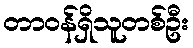
တာဝန်ရှိသူတစ်ဦး